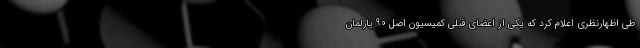
طی اظهارنظری اعلام کرد که یکی از اعضای قبلی کمیسیون اصل 90 پارلمان